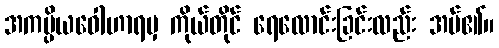
အကပ္ပိယဝေါဟာရမှ ကိုယ်တိုင် ရေလောင်းခြင်းလည်း အပ်၏။